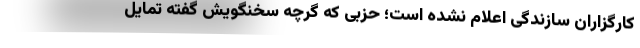
کارگزاران سازندگی اعلام نشده است؛ حزبی که گرچه سخنگویش گفته تمایل